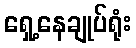
ရှေ့နေချုပ်ရုံး